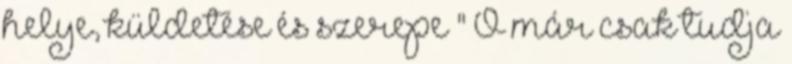
helye, küldetése és szerepe " Ő már csak tudja